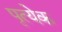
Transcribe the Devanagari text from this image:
पृत्येक